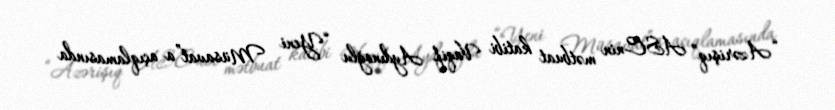
“Azərişıq” ASC-nin mətbuat katibi Vaqif Aydınoğlu “Yeni Müsavat”a açıqlamasında